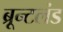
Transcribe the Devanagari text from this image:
ब्रून्टलंड